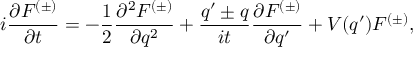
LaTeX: i \frac { \partial F ^ { ( \pm ) } } { \partial t } = - \frac { 1 } { 2 } \frac { \partial ^ { 2 } F ^ { ( \pm ) } } { \partial q ^ { 2 } } + \frac { q ^ { \prime } \pm q } { i t } \frac { \partial F ^ { ( \pm ) } } { \partial q ^ { \prime } } + V ( q ^ { \prime } ) F ^ { ( \pm ) } ,